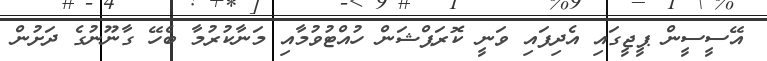
އޭސީސީން ޕީޖީގައި އެދިފައި ވަނީ ކޮރަޕްޝަން ހުއްޓުވުމާއި މަނާކުރުމާ ބެހޭ ގާނޫނުގެ ދަށުން